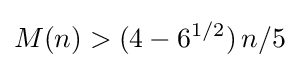
M(n)>(4-6^{1/2})\,n/5